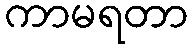
ကာမရတာ